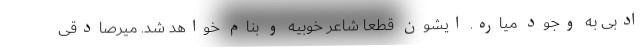
ادبی به وجود میاره. ایشون قطعا شاعر خوبیه و بنام خواهد شد. میرصادقی